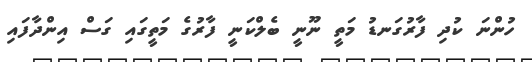
ހުންނަ ކުދި ފާރުގަނޑު މަތީ ނޫނީ ބެލްކަނީ ފާރުގެ މަތީގައި ގަސް އިންދާފައި